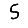
Digit: 5